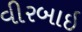
વીરબાઇ